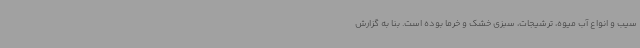
سیب و انواع آب میوه، ترشیجات، سبزی خشک و خرما بوده است. بنا به گزارش